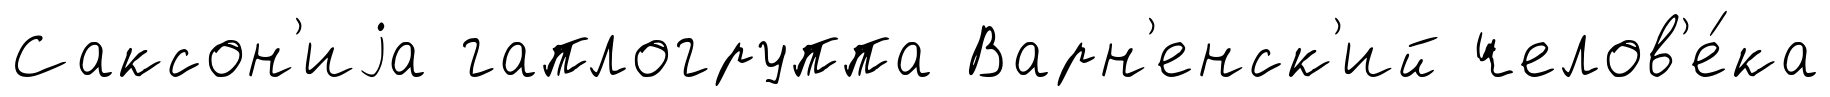
Саксон'иjа гаплогруппа Варн'енск'ий челов'е́ка